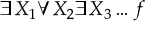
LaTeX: \exists X _ { 1 } \forall X _ { 2 } \exists X _ { 3 } \ldots f